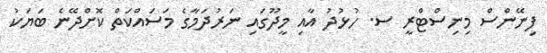
ފިނޭންސް މިނިސްޓްރީ ސ. ހުޅުދު އާއި މީދޫގައި ނަރުދަމާގެ މަސައްކަތް ކޮށްދޭނެ ބަޔަކު